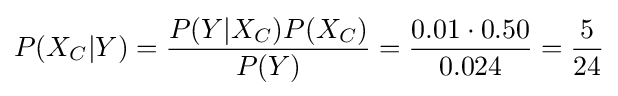
P(X_{C}|Y)={\frac {P(Y|X_{C})P(X_{C})}{P(Y)}}={\frac {0.01\cdot 0.50}{0.024}}={\frac {5}{24}}